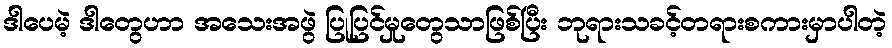
ဒါပေမဲ့ ဒါတွေဟာ အသေးအဖွဲ ပြုပြင်မှုတွေသာဖြစ်ပြီး ဘုရားသခင့်တရားစကားမှာပါတဲ့